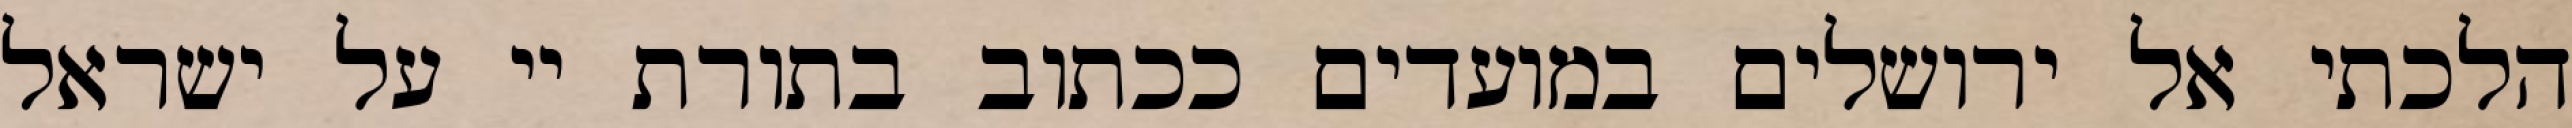
הלכתי אל ירושלים במועדים ככתוב בתורת יי על ישראל